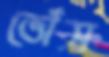
ভোঁস